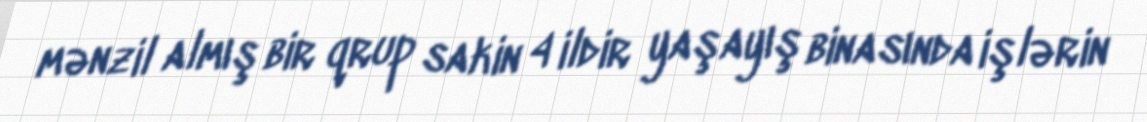
mənzil almış bir qrup sakin 4 ildir yaşayış binasında işlərin